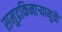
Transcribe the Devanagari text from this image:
समुद्रकिनाऱ्यामुळे